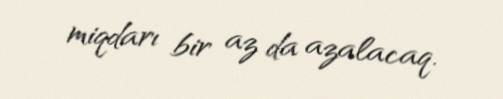
miqdarı bir az da azalacaq.